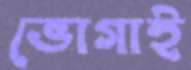
ভোগাই